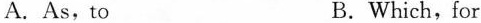
A.As,to B.Which,for